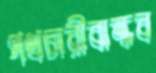
পথচারীবান্ধব